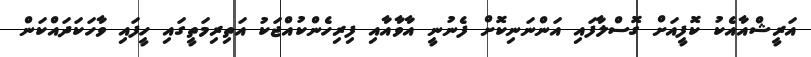
އަރީޝްއާއެކު ކޮފީއަށް ގޮސްލާފައި އަންނަނިކޮށް ފެނުނީ އާވާއާއި ފިރިހެންކުއްޖަކު އަތިރިމަތީގައި ހީފައި ވާހަކަދައްކަން